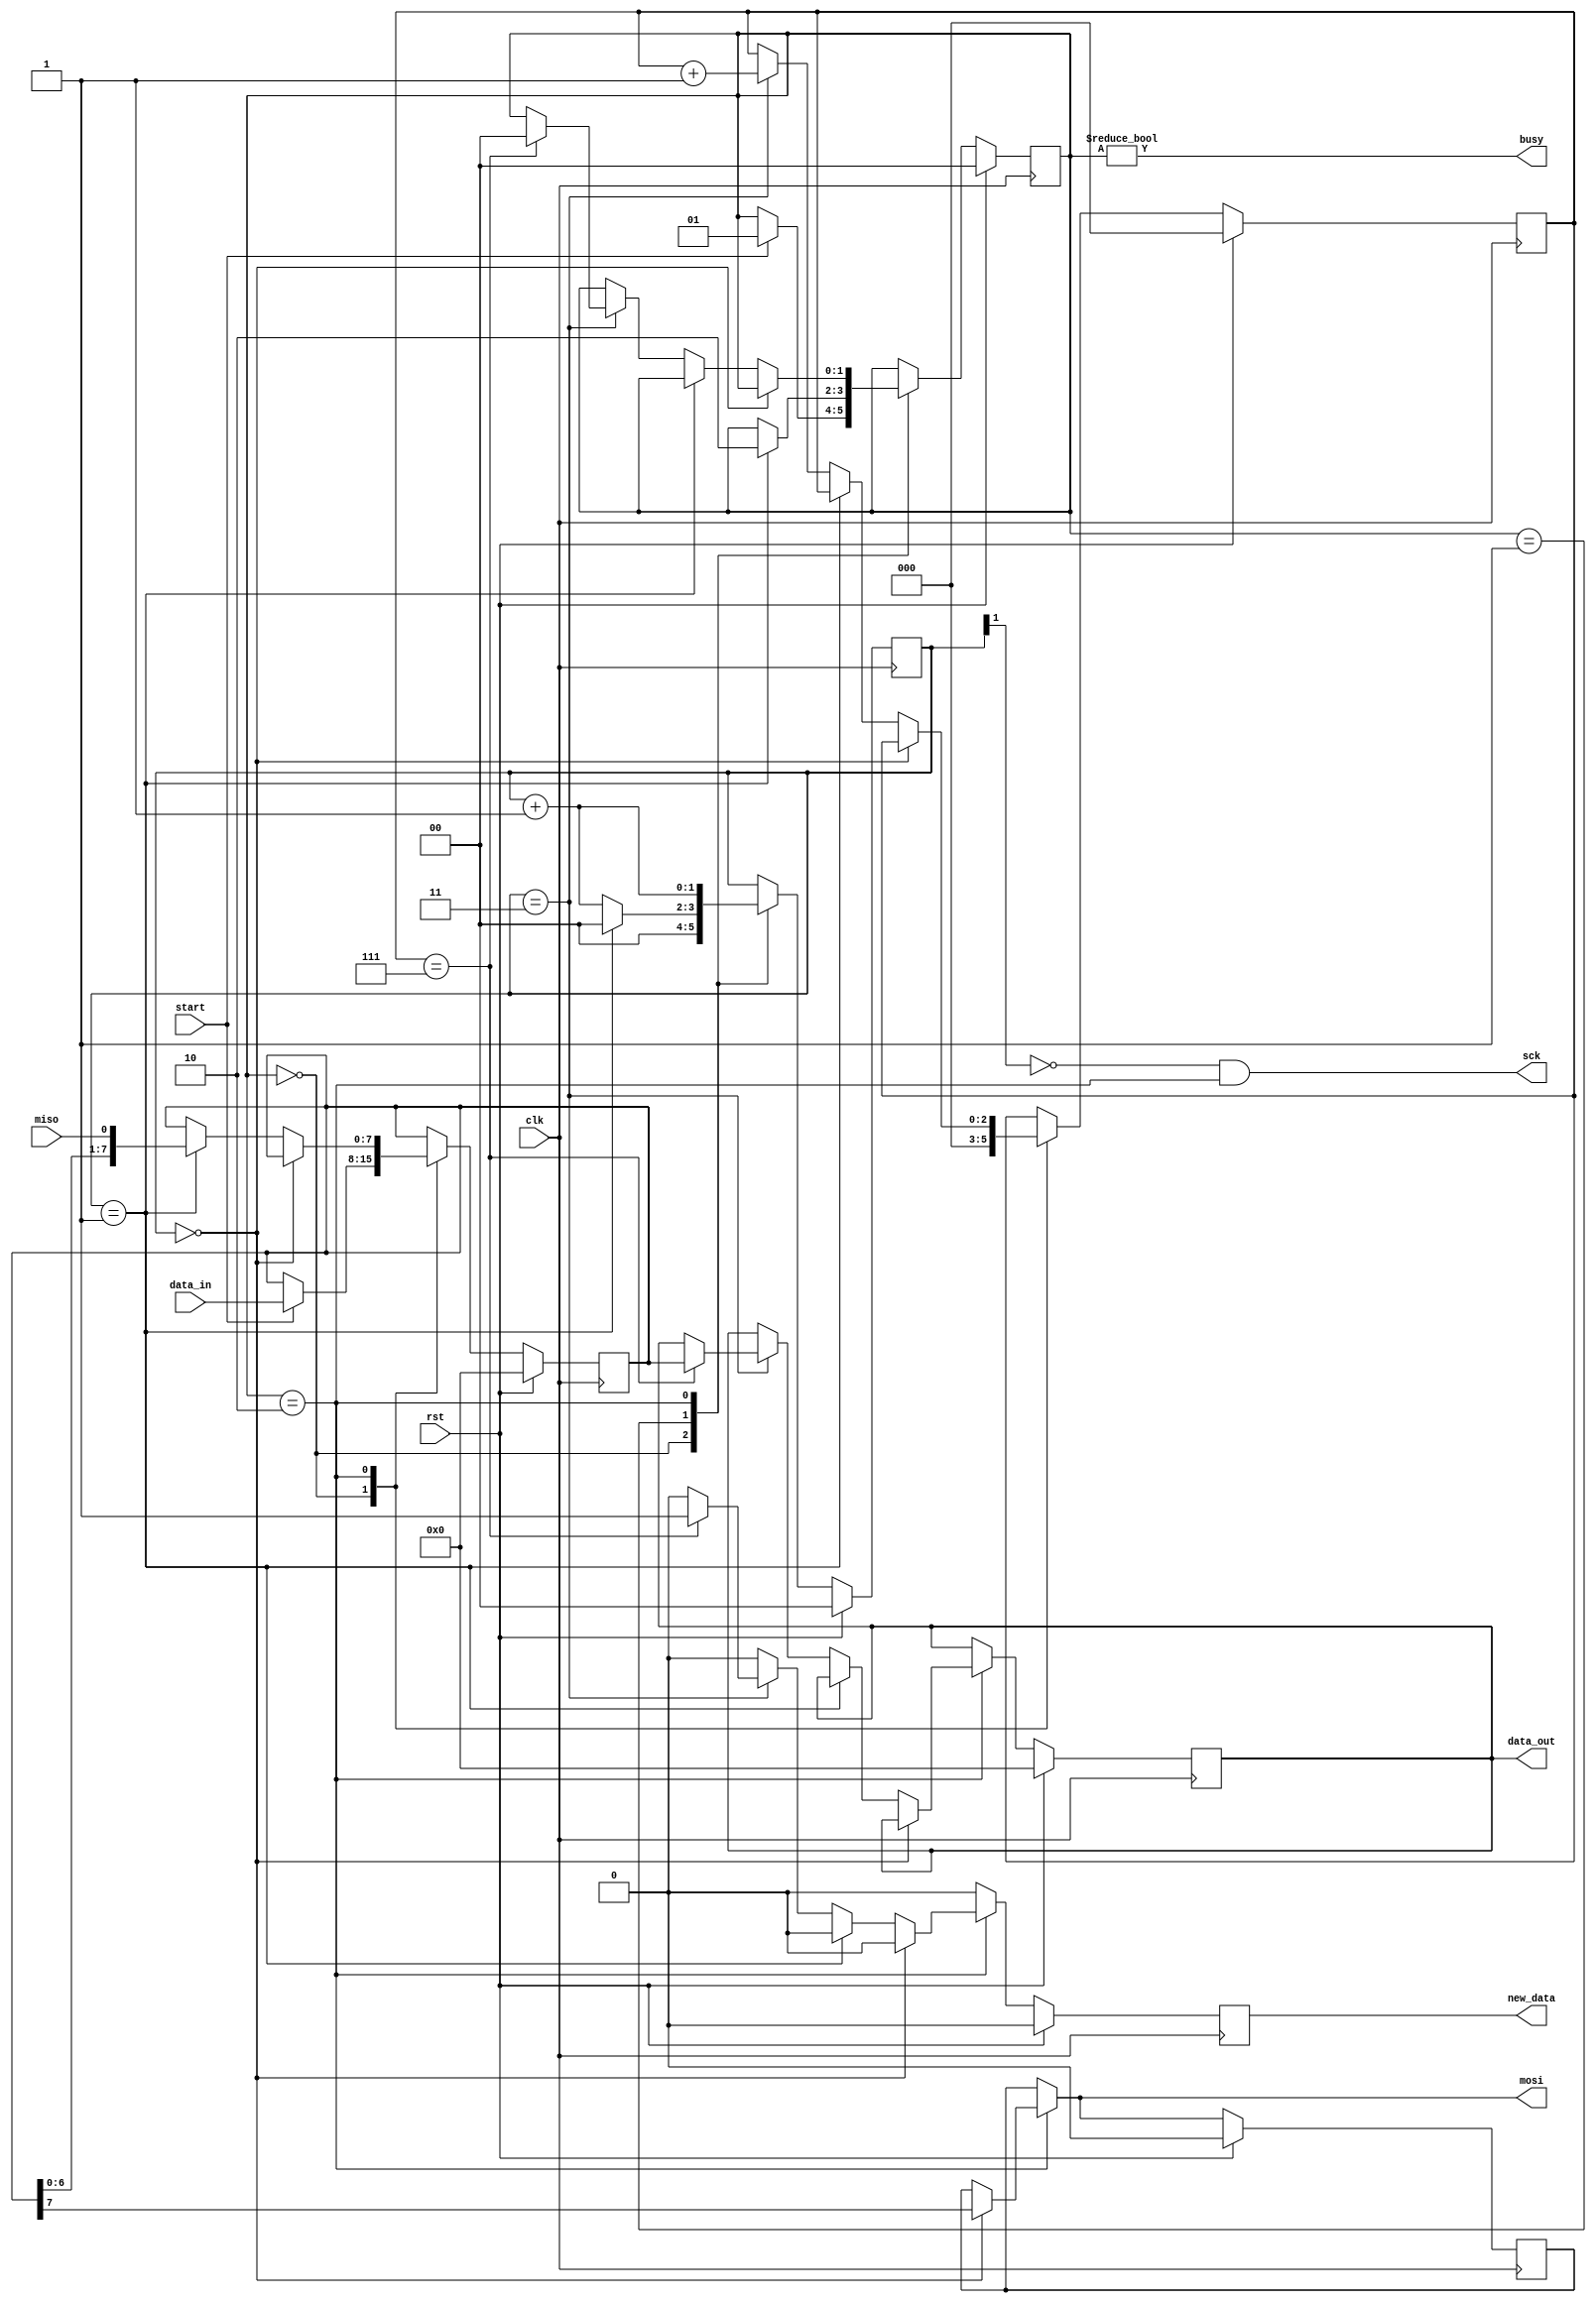
module spi_master #(
    parameter CLK_DIV = 2   // Clock division factor
)(
    input clk,        // Clock input
    input rst,        // Reset input
    input miso,       // Master In Slave Out data line
    output mosi,      // Master Out Slave In data line
    output sck,       // Serial Clock line
    input start,      // Start signal
    input [7:0] data_in, // 8-bit input data
    output [7:0] data_out, // 8-bit output data
    output busy,      // Busy flag
    output new_data   // New data available flag
);

    // State definitions
    localparam STATE_SIZE = 2;
    localparam IDLE = 2'd0,
               WAIT_HALF = 2'd1,
               TRANSFER = 2'd2;

    // Internal registers
    reg [STATE_SIZE-1:0] state_d, state_q;
    reg [7:0] data_d, data_q;
    reg [CLK_DIV-1:0] sck_d, sck_q;
    reg mosi_d, mosi_q;
    reg [2:0] ctr_d, ctr_q;
    reg new_data_d, new_data_q;
    reg [7:0] data_out_d, data_out_q;

    // Output assignments
    assign mosi = mosi_d; //pragya changed from mosi_q to mosi_d
    assign sck = (~sck_q[CLK_DIV-1]) & (state_q == TRANSFER);
    assign busy = state_q != IDLE;
    assign data_out = data_out_q;
    assign new_data = new_data_q;

    // Combinational Logic Block
    always @(*) begin
        // Default assignments
        sck_d = sck_q;
        data_d = data_q;
        mosi_d = mosi_q;
        ctr_d = ctr_q;
        new_data_d = 1'b0;
        data_out_d = data_out_q;
        state_d = state_q;

        // State machine
        case (state_q)
            IDLE: begin
                sck_d = 4'b0;  // Reset clock counter
                ctr_d = 3'b0;  // Reset bit counter
                // If start signal is active
                if (start == 1'b1) begin
                    data_d = data_in; // Load input data
                    state_d = WAIT_HALF; // Move to next state
                end
            end

            WAIT_HALF: begin
                sck_d = sck_q + 1'b1;  // Increment clock counter
                // If half of the clock period has elapsed
                if (sck_q == {CLK_DIV-1{1'b1}}) begin
                    sck_d = 1'b0;  // Reset clock counter
                    state_d = TRANSFER; // Move to next state
                end
            end

            TRANSFER: begin
                sck_d = sck_q + 1'b1;  // Increment clock counter
                // If the clock counter is at zero (rising edge)
                if (sck_q == 4'b0000) begin
                    mosi_d = data_q[7];  // Set the most significant bit to mosi
                // If the clock is half full (falling edge)
                end else if (sck_q == {CLK_DIV-1{1'b1}}) begin
                    data_d = {data_q[6:0], miso};  // Shift and include miso bit
                // If clock counter is full (rising edge)
                end else if (sck_q == {CLK_DIV{1'b1}}) begin
                    ctr_d = ctr_q + 1'b1;  // Increment bit counter
                    // If we are on the last bit
                    if (ctr_q == 3'b111) begin
                        state_d = IDLE;  // Go back to idle state
                        data_out_d = data_q; // Set the output data register
                        new_data_d = 1'b1; // Indicate new data is available
                    end
                end
            end
        endcase
    end

    // Sequential Logic Block
    always @(posedge clk) begin
        if (rst) begin
            // On reset, initialize all registers
            ctr_q <= 3'b0;
            data_q <= 8'b0;
            sck_q <= 4'b0;
            mosi_q <= 1'b0;
            state_q <= IDLE;
            data_out_q <= 8'b0;
            new_data_q <= 1'b0;
        end else begin
            // Transfer intermediate values to state registers
            ctr_q <= ctr_d;
            data_q <= data_d;
            sck_q <= sck_d;
            mosi_q <= mosi_d;
            state_q <= state_d;
            data_out_q <= data_out_d;
            new_data_q <= new_data_d;
        end
    end
endmodule

module spi_slave(
    input clk,      // Clock input
    input rst,      // Reset input
    input ss,       // Slave Select
    input mosi,     // Master Out, Slave In
    output miso,    // Master In, Slave Out
    input sck,      // Serial Clock
    output done,    // Data transmission done flag
    input [7:0] din,  // 8-bit data input
    output [7:0] dout // 8-bit data output
);

// Declare registers for internal operations
reg mosi_d, mosi_q;
reg ss_d, ss_q;
reg sck_d, sck_q;
reg sck_old_d, sck_old_q;
  reg [7:0] data_d, data_q;
reg done_d, done_q;
reg [2:0] bit_ct_d, bit_ct_q; // Bit counter, 3 bits to count 0-7
reg [7:0] dout_d, dout_q;
reg miso_d, miso_q;

// Assigning register values to output
assign miso = miso_q;
assign done = done_q;
assign dout = dout_q;

// Combinational Logic Block
always @(*) begin
    // Default assignments for combinational variables
    ss_d      = ss;
    mosi_d    = mosi;
    miso_d    = miso_q;
    sck_d     = sck;
    sck_old_d = sck_q;
    data_d    = data_q;
    done_d    = 1'b0; // Ensure done flag is low by default
    bit_ct_d  = bit_ct_q;
    dout_d    = dout_q;

    // Check if slave is selected (ss is low when selected)
    if (ss_q) begin
        bit_ct_d = 3'b0;  // Reset bit counter
        data_d   = din;   // Load new data to be transmitted
        miso_d   = data_q[7]; // Assign most significant bit to miso
    end else begin
        // On Rising edge of Serial Clock (sck)
        if (!sck_old_q && sck_q) begin 
            data_d   = {data_q[6:0], mosi_q}; // Shift in mosi bit
            bit_ct_d = bit_ct_q + 1'b1;       // Increment bit count

            // If 8 bits have been processed
            if (bit_ct_q == 3'b111) begin
                dout_d = {data_q[6:0], mosi_q}; // Update dout with received byte
                done_d = 1'b1; // Set done flag high indicating byte reception is complete
                data_d = din;  // Load new data to be transmitted next
            end
        // On Falling edge of Serial Clock (sck)
        end else if (sck_old_q && !sck_q) begin 
            miso_d = data_q[7]; // Assign most significant bit to miso
        end
    end
end

// Sequential Logic Block
always @(posedge clk) begin
    // Check if reset is active
    if (rst) begin
        // Reset all sequential variables
        done_q  <= 1'b0;
        bit_ct_q <= 3'b0;
        dout_q  <= 8'b0;
        miso_q  <= 1'b1;
    end else begin
        // Transfer values from combinational (_d) to sequential (_q) variables
        done_q <= done_d;
        bit_ct_q <= bit_ct_d;
        dout_q <= dout_d;
        miso_q <= miso_d;
    end
    
    // Update old state registers with current state values
    sck_q <= sck_d;
    mosi_q <= mosi_d;
    ss_q <= ss_d;
    data_q <= data_d;
    sck_old_q <= sck_old_d;
end

endmodule